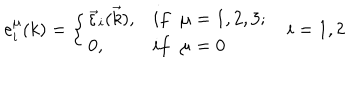
e _ { i } ^ { \mu } ( k ) = \left\{ \begin{array} { l l } { { \vec { \varepsilon } _ { i } ( \vec { k } ) , } } & { { i f \; \; \mu = 1 , 2 , 3 ; } } \\ { { 0 , } } & { { i f \; \; \mu = 0 } } \\ \end{array} \right. i = 1 , 2